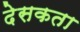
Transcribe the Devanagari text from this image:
देसकता